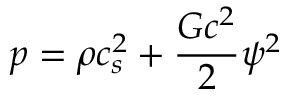
p = \rho c _ { s } ^ { 2 } + \frac { { G { c ^ { 2 } } } } { 2 } { \psi ^ { 2 } }